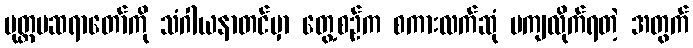
မုတ္တမဆရာတော်ကို သံဂါယနာတင်မှာ တွေ့စဉ်က စကားလက်ဆုံ မကျလိုက်ရတဲ့ အတွက်